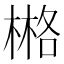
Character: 𣗛